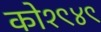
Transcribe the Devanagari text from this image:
को१९४९